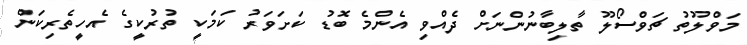
މަވްލޫތު ޗަވްސޯލޫ ތާލިބާނުންނަށް ދެއްވި އެންމެ ބޮޑު ކަށަވަރު ކަމަކީ ތުރުކީގެ އެހީތެރިކަން